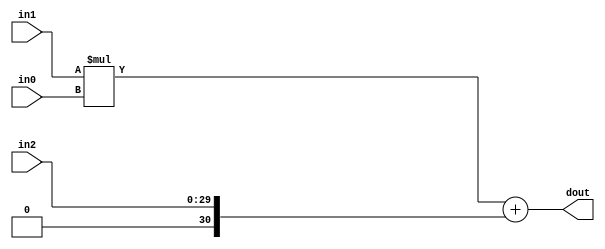
module hls_contrast_strehbi_DSP48_5(
    input  [8 - 1:0] in0,
    input  [22 - 1:0] in1,
    input  [30 - 1:0] in2,
    output [32 - 1:0]  dout);

wire signed [25 - 1:0]     a;
wire signed [18 - 1:0]     b;
wire signed [48 - 1:0]     c;
wire signed [43 - 1:0]     m;
wire signed [48 - 1:0]     p;

assign a  = $signed(in1);
assign b  = $signed(in0);
assign c  = $unsigned(in2);

assign m  = a * b;
assign p  = m + c;

assign dout = p;

endmodule